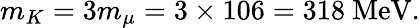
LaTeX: m_{K}=3m_{\mu}=3\times 106=318\ \mathrm{MeV}.